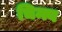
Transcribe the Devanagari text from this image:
चिन्त्य